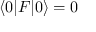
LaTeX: \langle 0 | F | 0 \rangle = 0